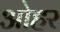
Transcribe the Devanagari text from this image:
ओहर